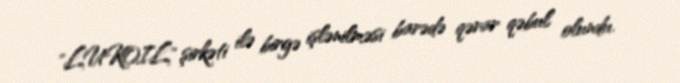
"LUKOIL" şirkəti ilə birgə işlənilməsi barədə qərar qəbul olundu.